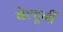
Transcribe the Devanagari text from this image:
बेल्टूर्नी